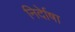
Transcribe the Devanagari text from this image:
निर्देाषा